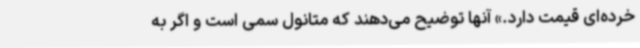
خرده‌ای قیمت دارد.» آنها توضیح می‌دهند که متانول سمی است و اگر به